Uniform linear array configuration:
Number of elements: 32
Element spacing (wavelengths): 0.75
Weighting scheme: hann
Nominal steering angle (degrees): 30
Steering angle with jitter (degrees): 28.331
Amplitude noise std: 0.05
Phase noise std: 0.05

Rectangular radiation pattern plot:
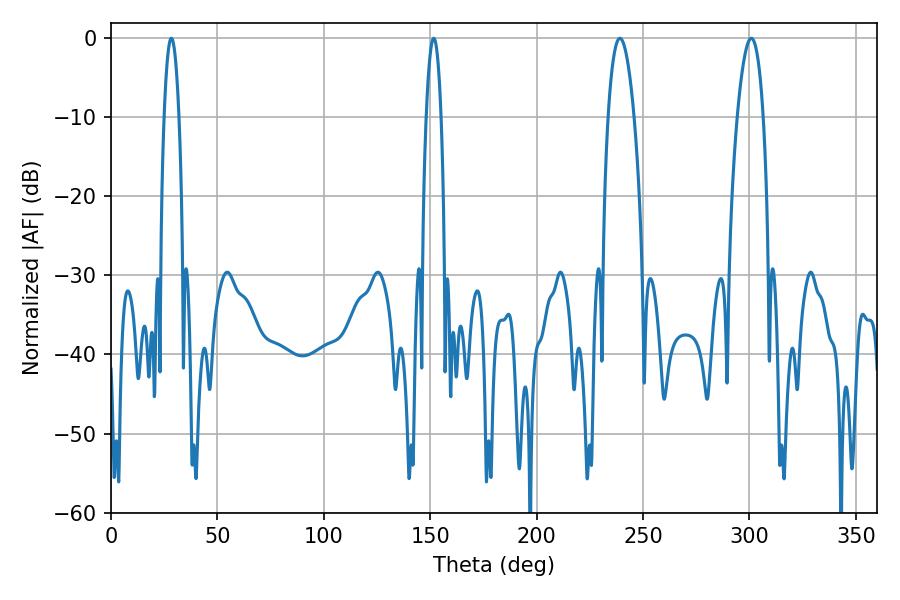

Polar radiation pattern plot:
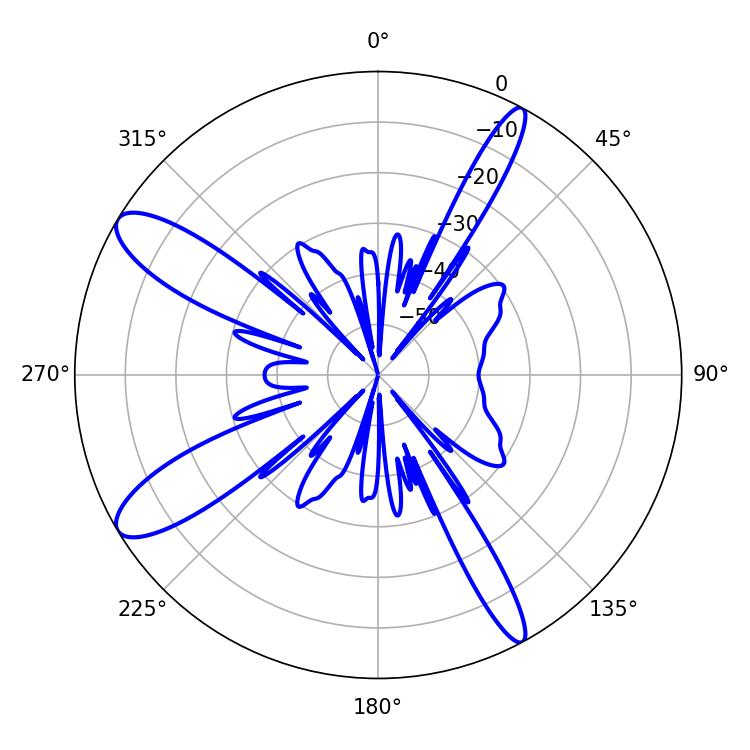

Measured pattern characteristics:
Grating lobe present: TRUE
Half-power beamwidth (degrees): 6.66
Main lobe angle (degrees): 300.96